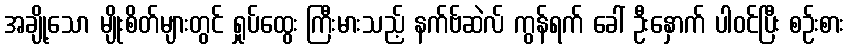
အချို့သော မျိုးစိတ်များတွင် ရှုပ်ထွေး ကြီးမားသည့် နက်ဗ်ဆဲလ် ကွန်ရက် ခေါ် ဦးနှောက် ပါဝင်ပြီး စဉ်းစား